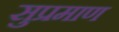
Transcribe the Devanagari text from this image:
सुप्रमाण